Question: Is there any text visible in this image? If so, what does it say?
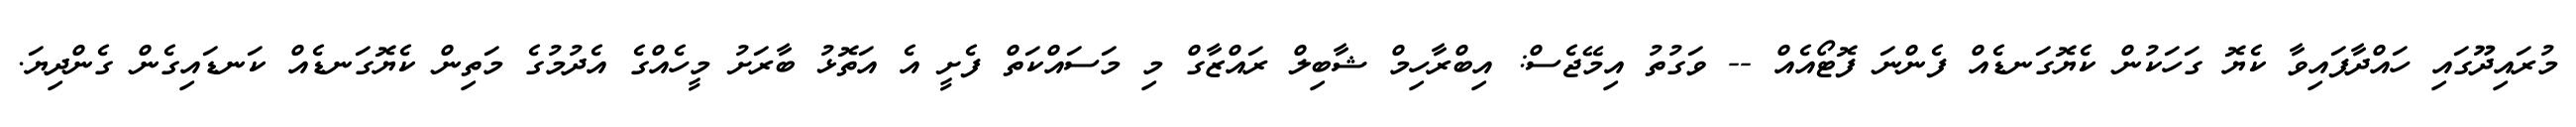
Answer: މުރައިދޫގައި ހައްދާފައިވާ ކެޔޮ ގަހަކުން ކެޔޮގަނޑެއް ފެންނަ ފޮޓޯއެއް -- ވަގުތު އިމޭޖެސް: އިބްރާހިމް ޝާބިލް ރައްޒާގް މި މަސައްކަތް ފެށީ އެ އަތޮޅު ބާރަށު މީހެއްގެ އެދުމުގެ މަތިން ކެޔޮގަނޑެއް ކަނޑައިގެން ގެންދިޔަ.